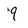
Character: 9